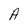
Character: A